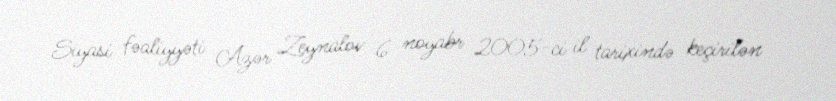
Siyasi fəaliyyəti Azər Zeynalov 6 noyabr 2005-ci il tarixində keçirilən